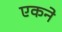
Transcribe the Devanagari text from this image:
एकने